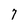
Character: 7